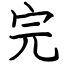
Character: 完